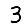
Digit: 3